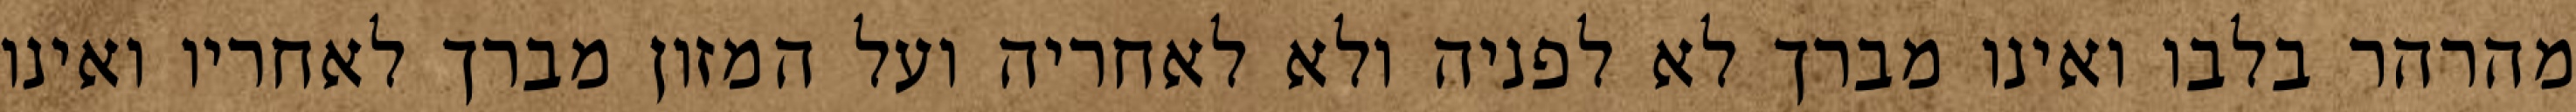
מהרהר בלבו ואינו מברך לא לפניה ולא לאחריה ועל המזון מברך לאחריו ואינו